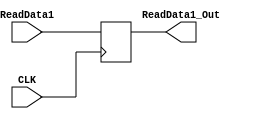
`timescale 1ns / 1ps
//////////////////////////////////////////////////////////////////////////////////
// Company: 
// Engineer: 
// 
// Design Name: 
// Module Name: ADR
// Project Name: 
// Target Devices: 
// Tool Versions: 
// Description: 
// 
// Dependencies: 
// 
// Revision:
// Revision 0.01 - File Created
// Additional Comments:
// 
//////////////////////////////////////////////////////////////////////////////////


module ADR(
    input CLK,
    input [31:0] ReadData1,
    output reg [31:0] ReadData1_Out
    );
    
    always@(posedge CLK) begin
        ReadData1_Out = ReadData1;
    end
    
endmodule